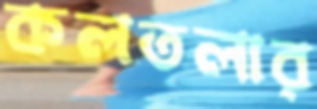
কলতলার